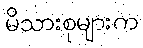
မိသားစုများက